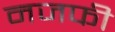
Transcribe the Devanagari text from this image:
नजफी